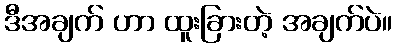
ဒီအချက် ဟာ ထူးခြားတဲ့ အချက်ပဲ။